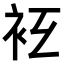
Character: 𧘛